Source: Handwritten
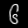
Digit: ၆ (6)